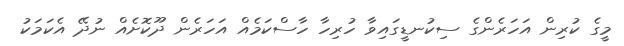
މީގެ ކުރިން އަހަރެންގެ ސިކުނޑީގައިވާ ހުރިހާ ހާސްކަމެއް އަހަރެން ދޫކޮށެއް ނުދޭ އެކަމަކު